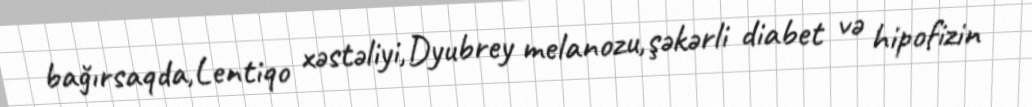
bağırsaqda,Lentiqo xəstəliyi,Dyubrey melanozu,şəkərli diabet və hipofizin